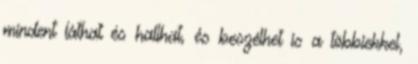
mindent láthat és hallhat, és beszélhet is a többiekkel,